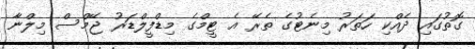
ގޮތުގައި ދެއްކި ހަތަރު މިނެޓުގެ ތެރޭ އެ ޓީމްގެ މިޑްފީލްޑަރު ޖޭމްސް މިލްނާ